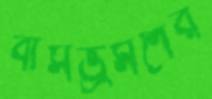
বাসভ্রমণের